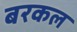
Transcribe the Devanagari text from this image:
बरकल